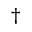
^ { \dagger }